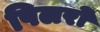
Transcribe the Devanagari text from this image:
पिलरों